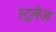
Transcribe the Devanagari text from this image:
स्टुलेज